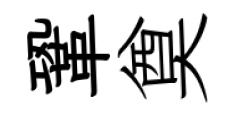
鞏奠